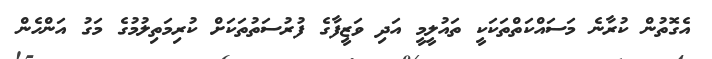
އެގޮތުން ކުރާނެ މަސައްކަތްތަކަކީ ތައުލީމީ އަދި ވަޒީފާގެ ފުރުސަތުތަކަށް ކުރިމަތިލުމުގެ މަގު އަންހެން